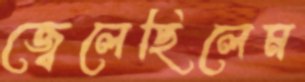
জ্বেলেছিলেম